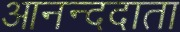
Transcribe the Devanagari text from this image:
आनन्ददाता